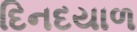
દિનદયાળ